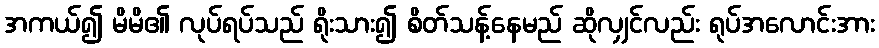
အကယ်၍ မိမိ၏ လုပ်ရပ်သည် ရိုးသား၍ စိတ်သန့်နေမည် ဆိုလျှင်လည်း ရုပ်အလောင်းအား